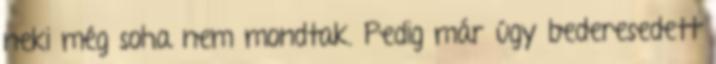
neki még soha nem mondtak. Pedig már úgy bederesedett